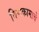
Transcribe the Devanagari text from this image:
विणकामाचे